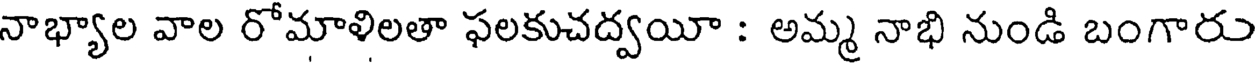
నాభ్యాల వాల రోమాళిలతా ఫలకుచద్వయీ : అమ్మ నాభి నుండి బంగారు